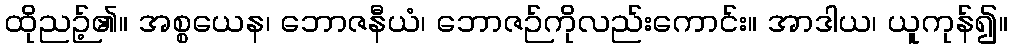
ထိုညဉ့်၏။ အစ္စယေန၊ ဘောဇနီယံ၊ ဘောဇဉ်ကိုလည်းကောင်း။ အာဒါယ၊ ယူကုန်၍။